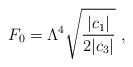
LaTeX: \begin{align*} F_0 = \Lambda^4 \sqrt{\frac{|c_1|}{2 |c_3|}}\ ,\end{align*}